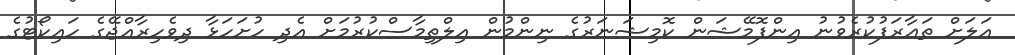
އަލަށް ތަޢާރަފުކުރެވުނު އިންފޮމޭޝަން ކޮމިޝަނަރުގެ ނިންމުން އިލްތިމާސްކުރުމަށް އެދި ހުށަހަޅާ ދިވެހިރާއްޖޭގެ ހައިކޯޓުގެ